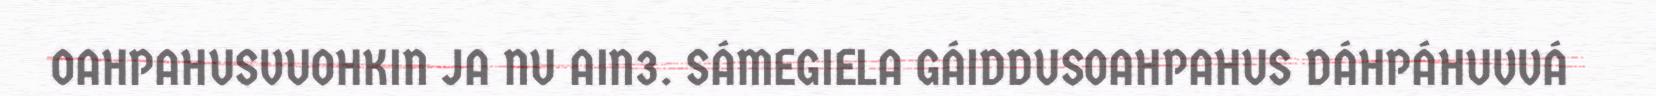
OAHPAHUSVUOHKIN JA NU AIN3. SÁMEGIELA GÁIDDUSOAHPAHUS DÁHPÁHUVVÁ